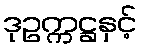
ဒုဥက္ကဋ္ဌနှင့်